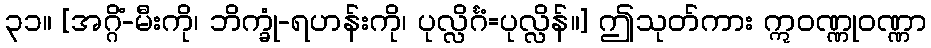
၃၁။ [အဂ္ဂိံ-မီးကို၊ ဘိက္ခုံ-ရဟန်းကို၊ ပုလ္လိင်္ဂံ=ပုလ္လိန်။] ဤသုတ်ကား ဣဝဏ္ဏုဝဏ္ဏာ